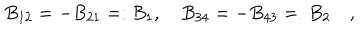
LaTeX: B _ { 1 2 } = - B _ { 2 1 } = : B _ { 1 } , \quad B _ { 3 4 } = - B _ { 4 3 } = : B _ { 2 } \quad ,